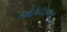
ઓકટોબર